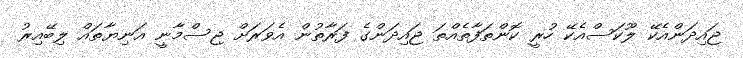
ޖައިދަންއެކޭ ލޫކަސްއެކޭ ހުރީ ކޮންތަފާތެއްތަ ޖައިދަންގެ ފަރާތުން އެވަރަށް ޖިސްމާނީ އަނިޔާތައް ލިބޭއިރު